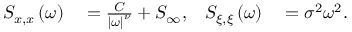
\begin{array} { r l r l } { S _ { x , x } \left( \omega \right) } & { { } = \frac { C } { \left| \omega \right| ^ { \nu } } + S _ { \infty } , } & { S _ { \xi , \xi } \left( \omega \right) } & { { } = \sigma ^ { 2 } \omega ^ { 2 } . } \end{array}